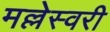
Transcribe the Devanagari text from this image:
मल्लेस्वरी